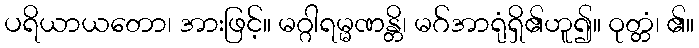
ပရိယာယတော၊ အားဖြင့်။ မဂ္ဂါရမ္မဏန္တိ၊ မဂ်အာရုံရှိ၏ဟူ၍။ ဝုတ္တံ၊ ၏။